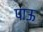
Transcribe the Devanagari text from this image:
पाऊ